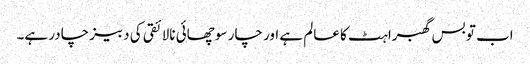
اب تو بس گھبراہٹ کا عالم ہے اور چار سو چھائی نالائقی کی دبیز چادر ہے۔